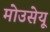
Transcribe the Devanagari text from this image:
मोउसेयू